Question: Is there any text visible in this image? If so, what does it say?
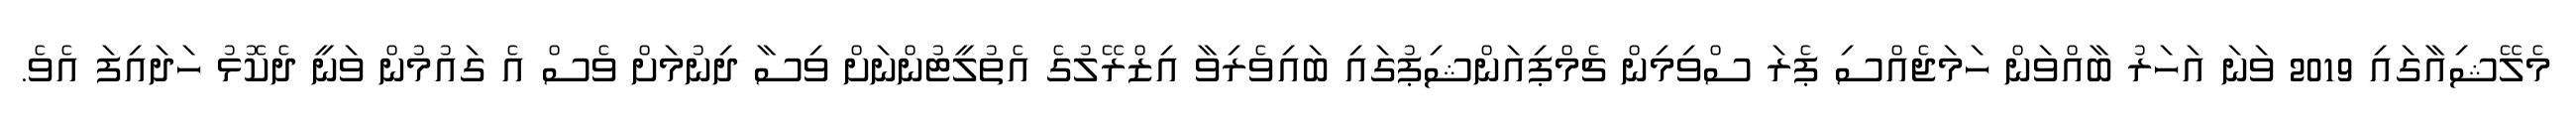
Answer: މެލޭޝިއާގައި 2019 ވަނަ އަހަރު ބާއްވަން ހަމަޖެއްސި ޕެރަ ސްވިމިން ޗެމްޕިއަންޝިޕުގައި ބައިވެރިވާ އިޒްރޭލުގެ އެތުލީޓުންނަށް ވިސާ ދިނުމަށް ވެސް އެ ގައުމުން ވަނީ ދެކޮޅު ހަދައިފަ އެވެ.